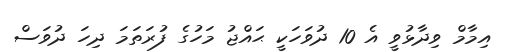
އިމާމް ވިދާޅުވީ އެ 10 ދުވަހަކީ ޙައްޖު މަހުގެ ފުރަތަމަ ދިހަ ދުވަސް